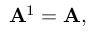
\mathbf { A } ^ { 1 } = \mathbf { A } ,